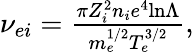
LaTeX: \begin{array}{r}{\nu_{ei}=\frac{\pi Z_{i}^{2}n_{i}e^{4}\mathrm{ln}\Lambda}{m_{e}^{1/2}T_{e}^{3/2}},}\end{array}